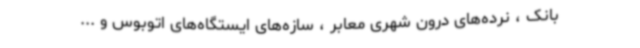
بانک ، نرده‌های درون شهری معابر ، سازه‌های ایستگاه‌های اتوبوس و ...